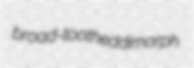
broad-toothed dimorph